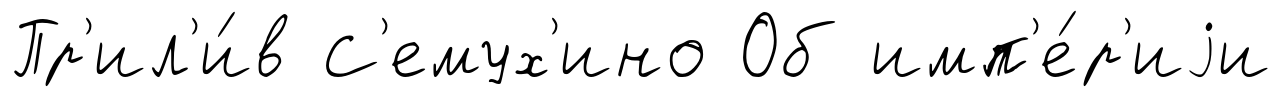
Пр'ил'и́в С'емух'ино Об имп'е́р'иjи